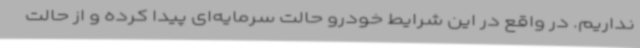
نداریم. در واقع در این شرایط خودرو حالت سرمایه‌ای پیدا کرده و از حالت